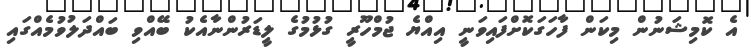
އެ ކޮމިޝަނުން މިކަން ފާހަގަކޮށްފައިވަނީ އިއްޔެ ޖުމްހޫރީ ގުޅުމުގެ ލީޑަރުންނާއެކު ބޭއްވި ބައްދަލުވުމެއްގައި